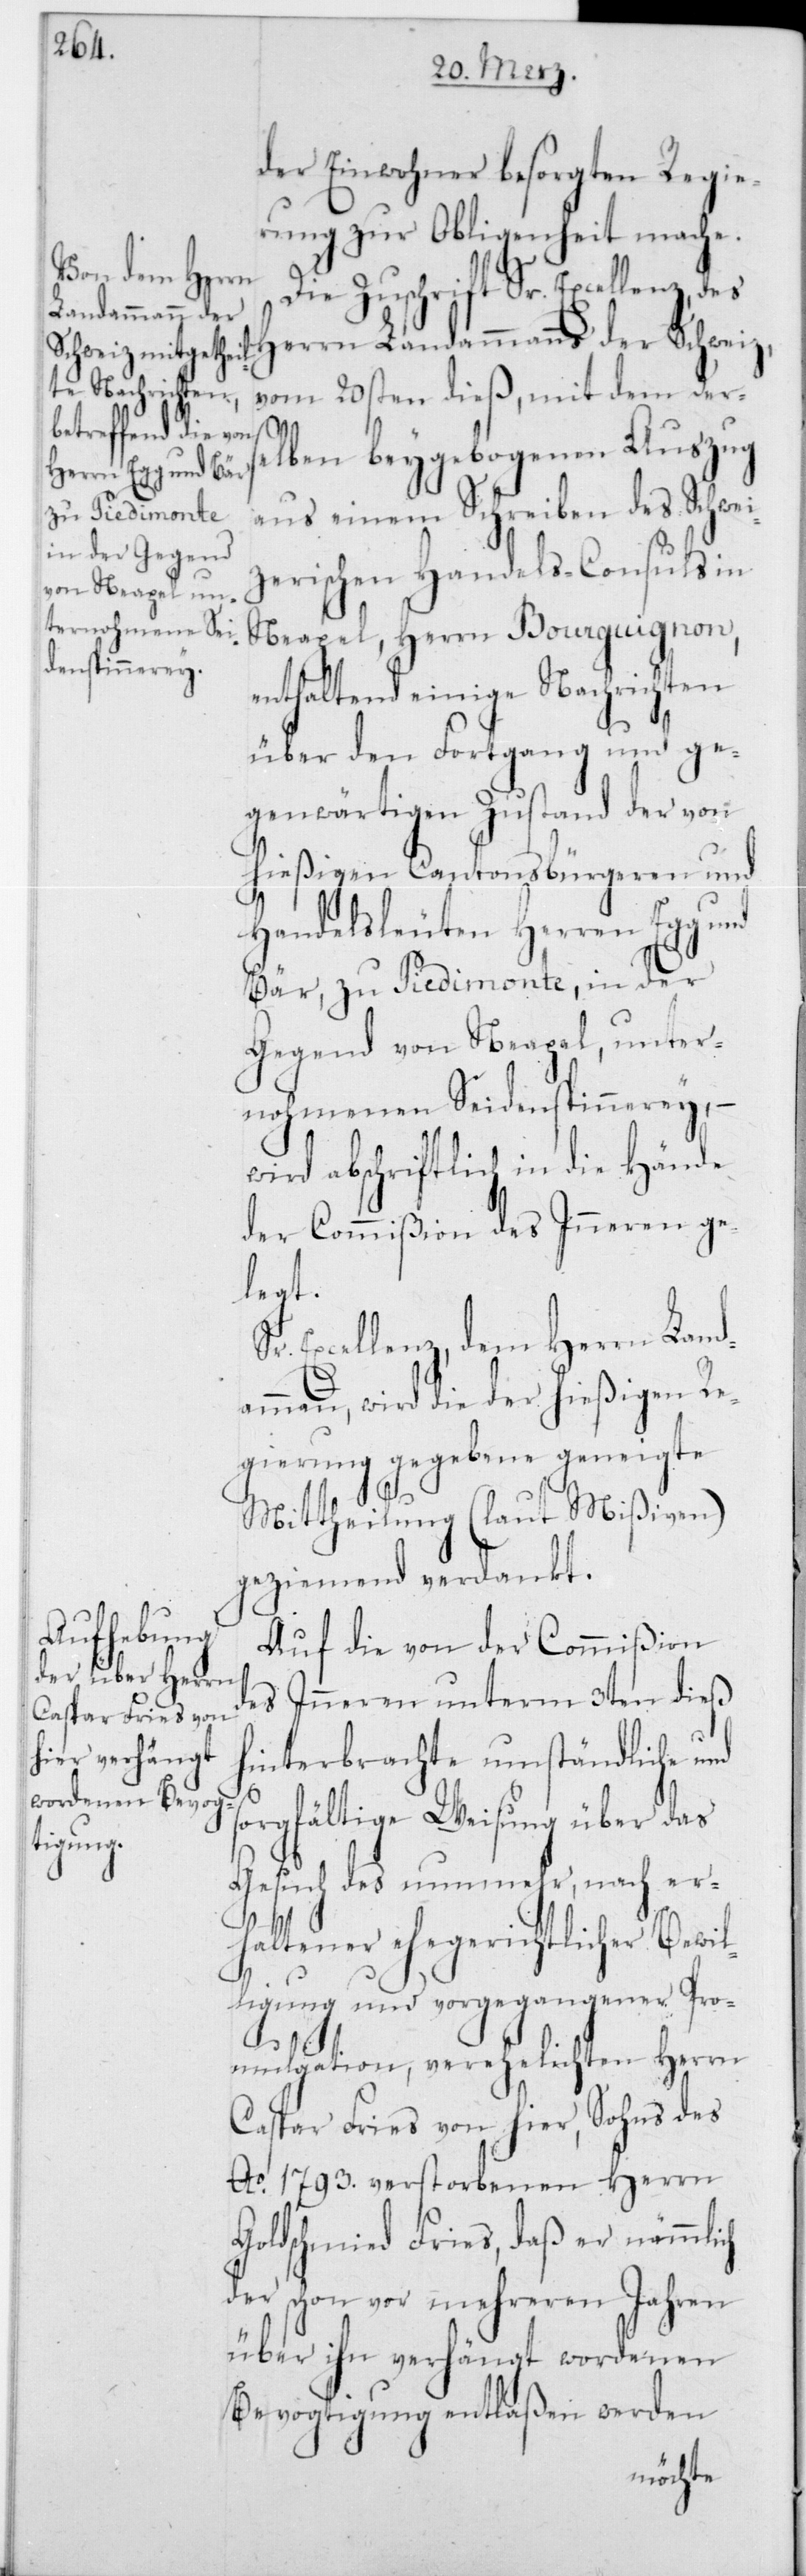
der Einwohner besorgten Regie¬
rung zur Obliegenheit mache.
Die Zuschrift Sr. Excellenz,
Landammanns der
vom 20sten dieß, mit dem der¬
selben beygebogenen Auszug
aus einem Schreiben des Schwei¬
zerischen Handels-Consuls in
Neapel, Herrn Bourguignon,
enthaltend einige Nachrichten
über den Fortgang und ge¬
genwärtigen Zustand der von
hießigen Cantonsbürgeren und
Handelsleuten Herren Egg und
Bär, zu Piedimonte in der
Gegend von Neapel, unter¬
nohmenen Seidenspinnerey, –
wird abschriftlich in die Hände
der Commißion des Innern ge¬
legt.
Excellenz, dem Herrn Land¬
ammann, wird die der hießigen Re¬
gierung gegebene geneigte
s¬
Mittheilung (laut Mißiven)
geziemend verdankt.
Auf die von der Commißion
des Innern unterm 3ten dieß
hinterbrachte umständliche und
orgfältige Weisung über das
Gesuch des nunmehr, nach er¬
haltener ehegerichtlicher Bewil¬
ligung und vorgegangener Pro¬
mulgation, verehelichten Herrn
Caspar Fries von hier, Sohns des
Ao 1793 verstorbenen Herrn
Goldschmied Fries, daß er nämmlich
der schon vor mehreren Jahren
über ihn verhängt wordenen
Bevogtigung entlaßen werden